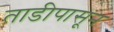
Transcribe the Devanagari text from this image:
ताडीपासून